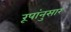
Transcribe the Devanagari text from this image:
रूपांनुसार